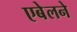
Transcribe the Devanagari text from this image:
एबेलने